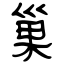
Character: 巢